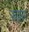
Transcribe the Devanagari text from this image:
रुइस